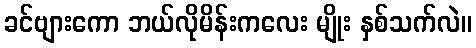
ခင်ဗျားကော ဘယ်လိုမိန်းကလေး မျိုး နှစ်သက်လဲ။